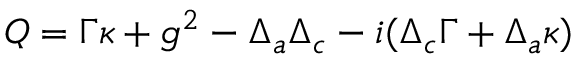
Q = \Gamma \kappa + g ^ { 2 } - \Delta _ { a } \Delta _ { c } - i ( \Delta _ { c } \Gamma + \Delta _ { a } \kappa )